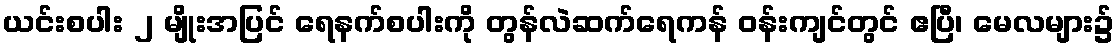
ယင်းစပါး ၂ မျိုးအပြင် ရေနက်စပါးကို တွန်လဲဆက်ရေကန် ဝန်းကျင်တွင် ဧပြီ၊ မေလများ၌